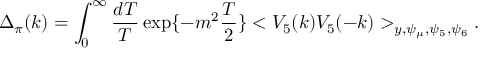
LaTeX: \Delta _ { \pi } ( k ) = \int _ { 0 } ^ { \infty } \frac { d T } { T } \exp \{ - m ^ { 2 } \frac { T } { 2 } \} < V _ { 5 } ( k ) V _ { 5 } ( - k ) > _ { y , \psi _ { \mu } , \psi _ { 5 } , \psi _ { 6 } } .